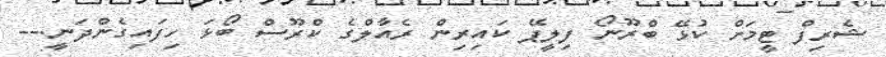
ޝެރިފް ޓީމަށް ކުޅޭ ބްރޫނޯ ފިލީޕޭ ކައިރިން ރެއާލްގެ ކްރޫސް ބޯޅަ ހިފައިގެންދަނީ.--